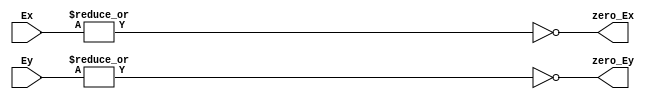
module Exponent_Difference_1 (Ex , Ey , zero_Ex , zero_Ey);
input [7:0]Ex,Ey;
output reg zero_Ex , zero_Ey;
always@(*)
begin
    zero_Ex = ~| Ex;
	zero_Ey = ~| Ey;
end
endmodule